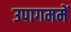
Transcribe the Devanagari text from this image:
उपागममें